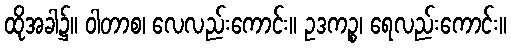
ထိုအခါ၌။ ဝါတာစ၊ လေလည်းကောင်း။ ဥဒကဉ္စ၊ ရေလည်းကောင်း။